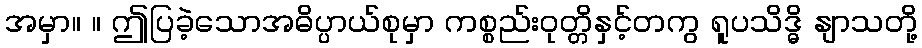
အမှာ။ ။ ဤပြခဲ့သောအဓိပ္ပာယ်စုမှာ ကစ္စည်းဝုတ္တိနှင့်တကွ ရူပသိဒ္ဓိ နျာသတို့